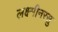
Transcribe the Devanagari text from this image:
लक्ष्मीनरसु